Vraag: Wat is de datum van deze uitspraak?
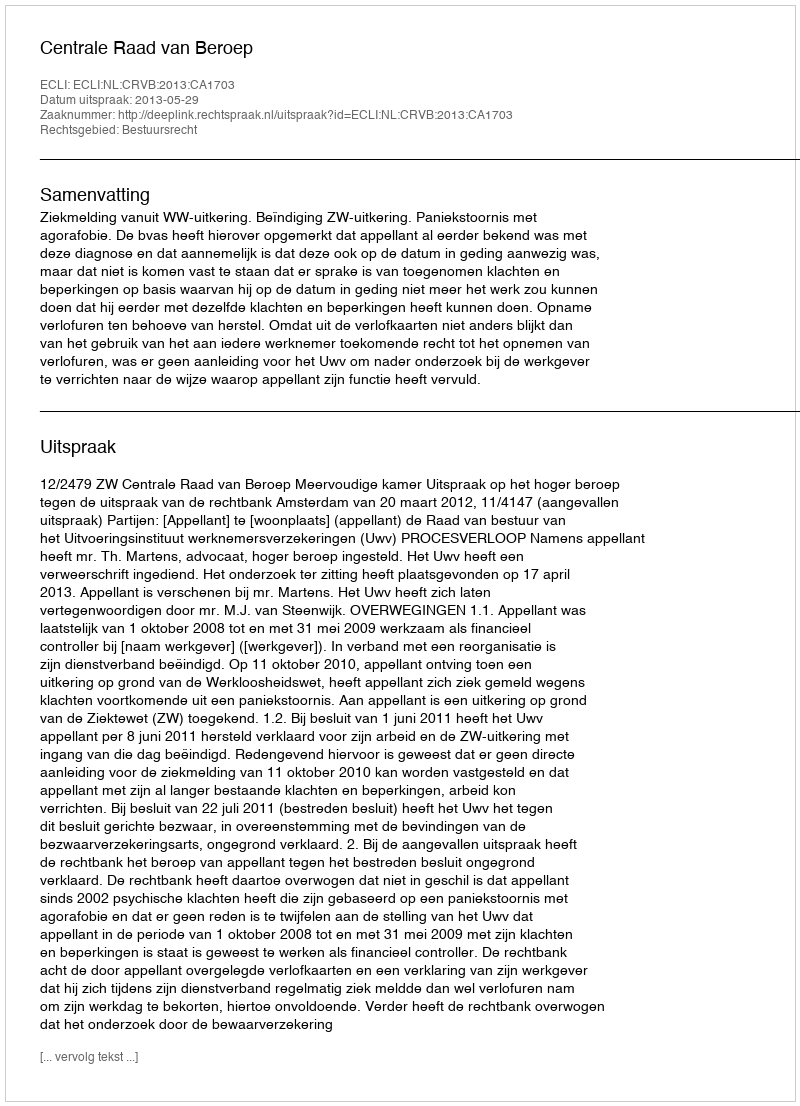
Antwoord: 2013-05-29